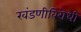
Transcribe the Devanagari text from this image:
खंडणीविरोधी